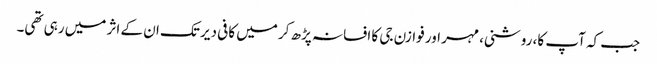
جب کہ آپ کا، روشنی، مہر اور فوازن جی کا افسانہ پڑھ کر میں کافی دیر تک ان کے اثر میں رہی تھی۔